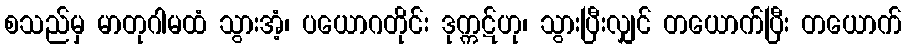
စသည်မှ မာတုဂါမထံ သွားအံ့၊ ပယောဂတိုင်း ဒုက္ကဋ်ဟု၊ သွားပြီးလျှင် တယောက်ပြီး တယောက်